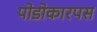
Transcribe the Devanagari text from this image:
पोडोकारपस